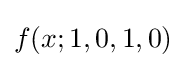
f(x;1,0,1,0)